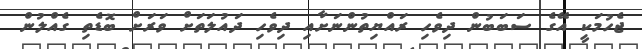
ޖެހުމަކީ އޭގެ ސަބަބުން ދިވެހި ރައްޔިތުންނަށާއި ދިވެހި ދައުލަތަށް ވަރަށް ބޮޑެތި ގެއްލުން